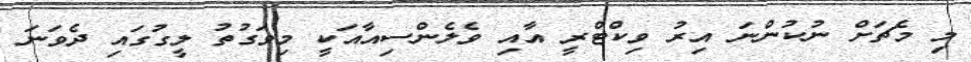
މި މެޗަށް ނުކުންނަ އިރު ވިކްޓްރީ އާއި ވެލެންސިއާއަކީ މިވަގުތު ލީގުގައި ދެވަނަ